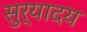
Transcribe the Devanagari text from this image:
सुर्यादय